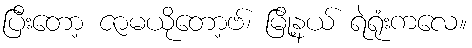
ပြီးတော့ ဇာမယိုတော့ဗ်၊ မြို့နယ် ရဲရုံးကလေ။